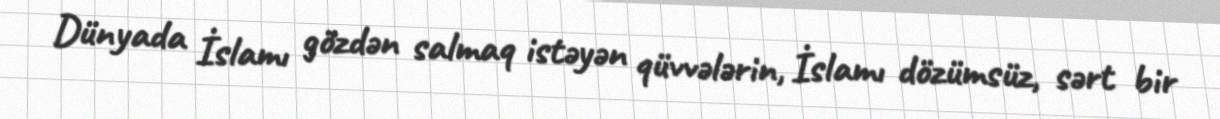
Dünyada İslamı gözdən salmaq istəyən qüvvələrin, İslamı dözümsüz, sərt bir